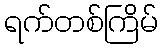
ရက်တစ်ကြိမ်